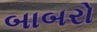
બાબરો